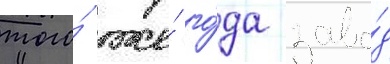
того́ же́ го́да заво́д